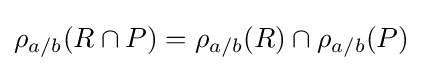
\rho _{a/b}(R\cap P)=\rho _{a/b}(R)\cap \rho _{a/b}(P)